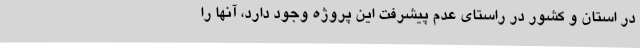
در استان و کشور در راستای عدم پیشرفت این پروژه وجود دارد، آنها را